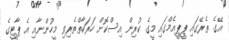
އޭގެ ތެރޭގައި ޕީޕީއެމްގައި މީގެ ކުރިން އިސްކޮށް ހަރަކާތްތެރިވި މީހުންނާއި އެ ޕާޓީގެ